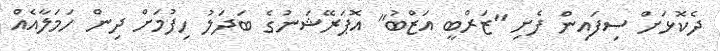
ދެކޮޅަށް ސިފައިން ފެށި "ޒަރްބީ އަޒްބު" އޮޕަރޭޝަނުގެ ބަދަލު ހިފުމަށް ދިން ހަމަލާއެއް